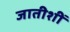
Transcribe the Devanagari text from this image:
जातीशीं